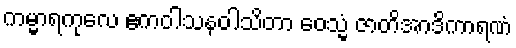
ကမ္မာရကုလေ ဧကဝါသနဝါသိတာ ဝေသ္မံ ဇာတိအာဒိကာရဏံ